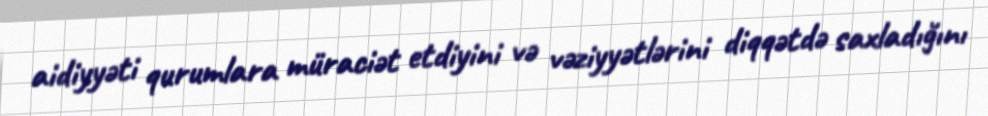
aidiyyəti qurumlara müraciət etdiyini və vəziyyətlərini diqqətdə saxladığını